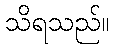
သိရသည်။